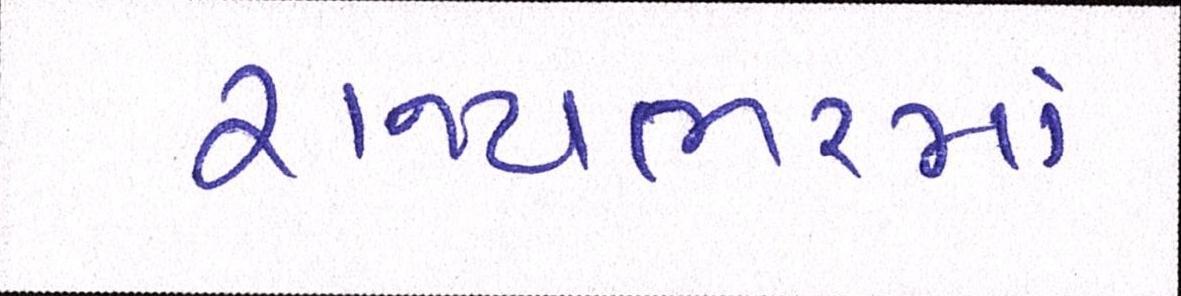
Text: રાજ્યભરમાં